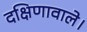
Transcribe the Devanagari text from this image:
दक्षिणावाले।